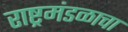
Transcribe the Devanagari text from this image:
राष्ट्रमंडळाचा